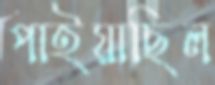
পাইয়াছিল